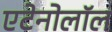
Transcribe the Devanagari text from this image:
एटेनोलॉल